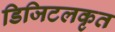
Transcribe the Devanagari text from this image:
डिजिटलकृत